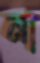
না